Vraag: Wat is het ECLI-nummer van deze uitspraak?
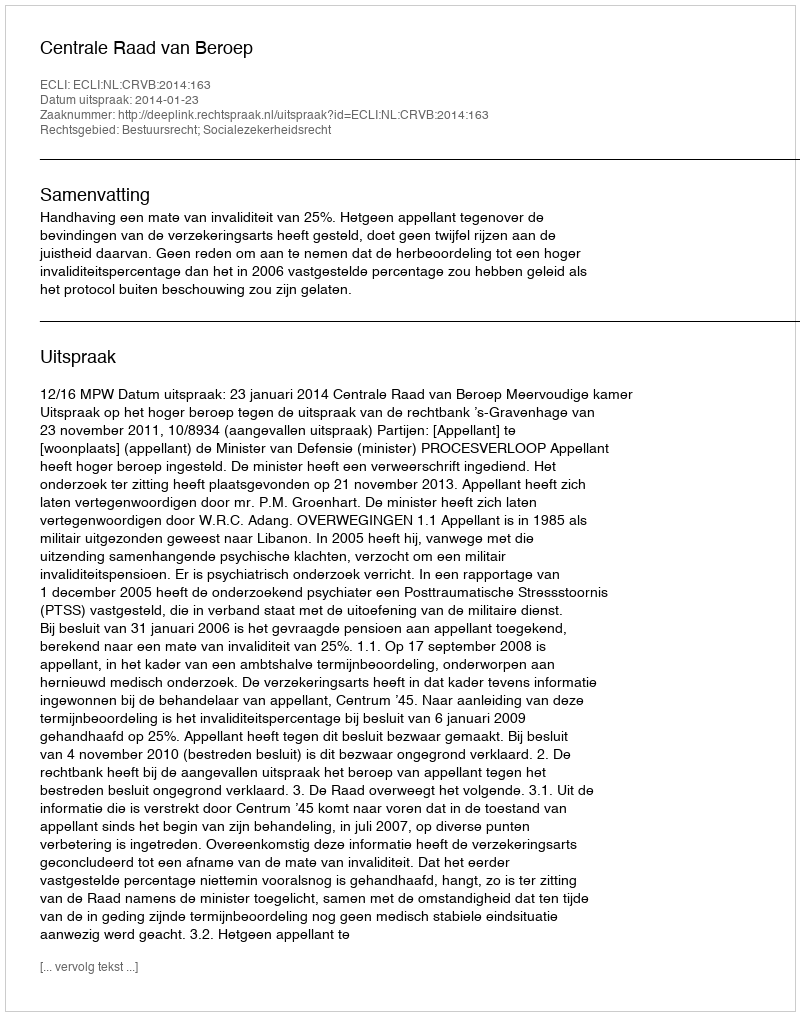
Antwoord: ECLI:NL:CRVB:2014:163